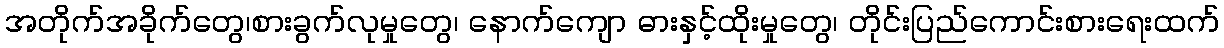
အတိုက်အခိုက်တွေ၊စားခွက်လုမှုတွေ၊ နောက်ကျော ဓားနှင့်ထိုးမှုတွေ၊ တိုင်းပြည်ကောင်းစားရေးထက်